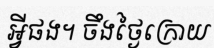
អ្វីផង។ ចឹងថ្ងៃក្រោយ